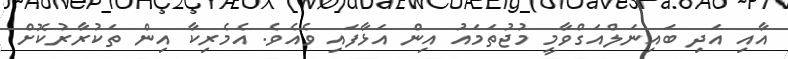
އާއި އަދި ބައިނަލްއަގްވާމީ މުޖުތަމައު އިން އަޅާފައި ވެއެވެ. އެމެރިކާ އިން ތަކުރާރުކޮށް